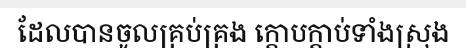
ដែលបានចូលគ្រប់គ្រង ក្តោបក្តាប់ទាំងស្រុង